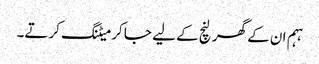
ہہم ان کے گھر لنچ کے لیے جا کر میٹنگ کرتے۔